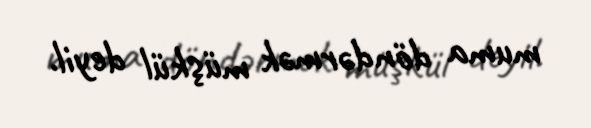
muma döndərmək müşkül deyil.